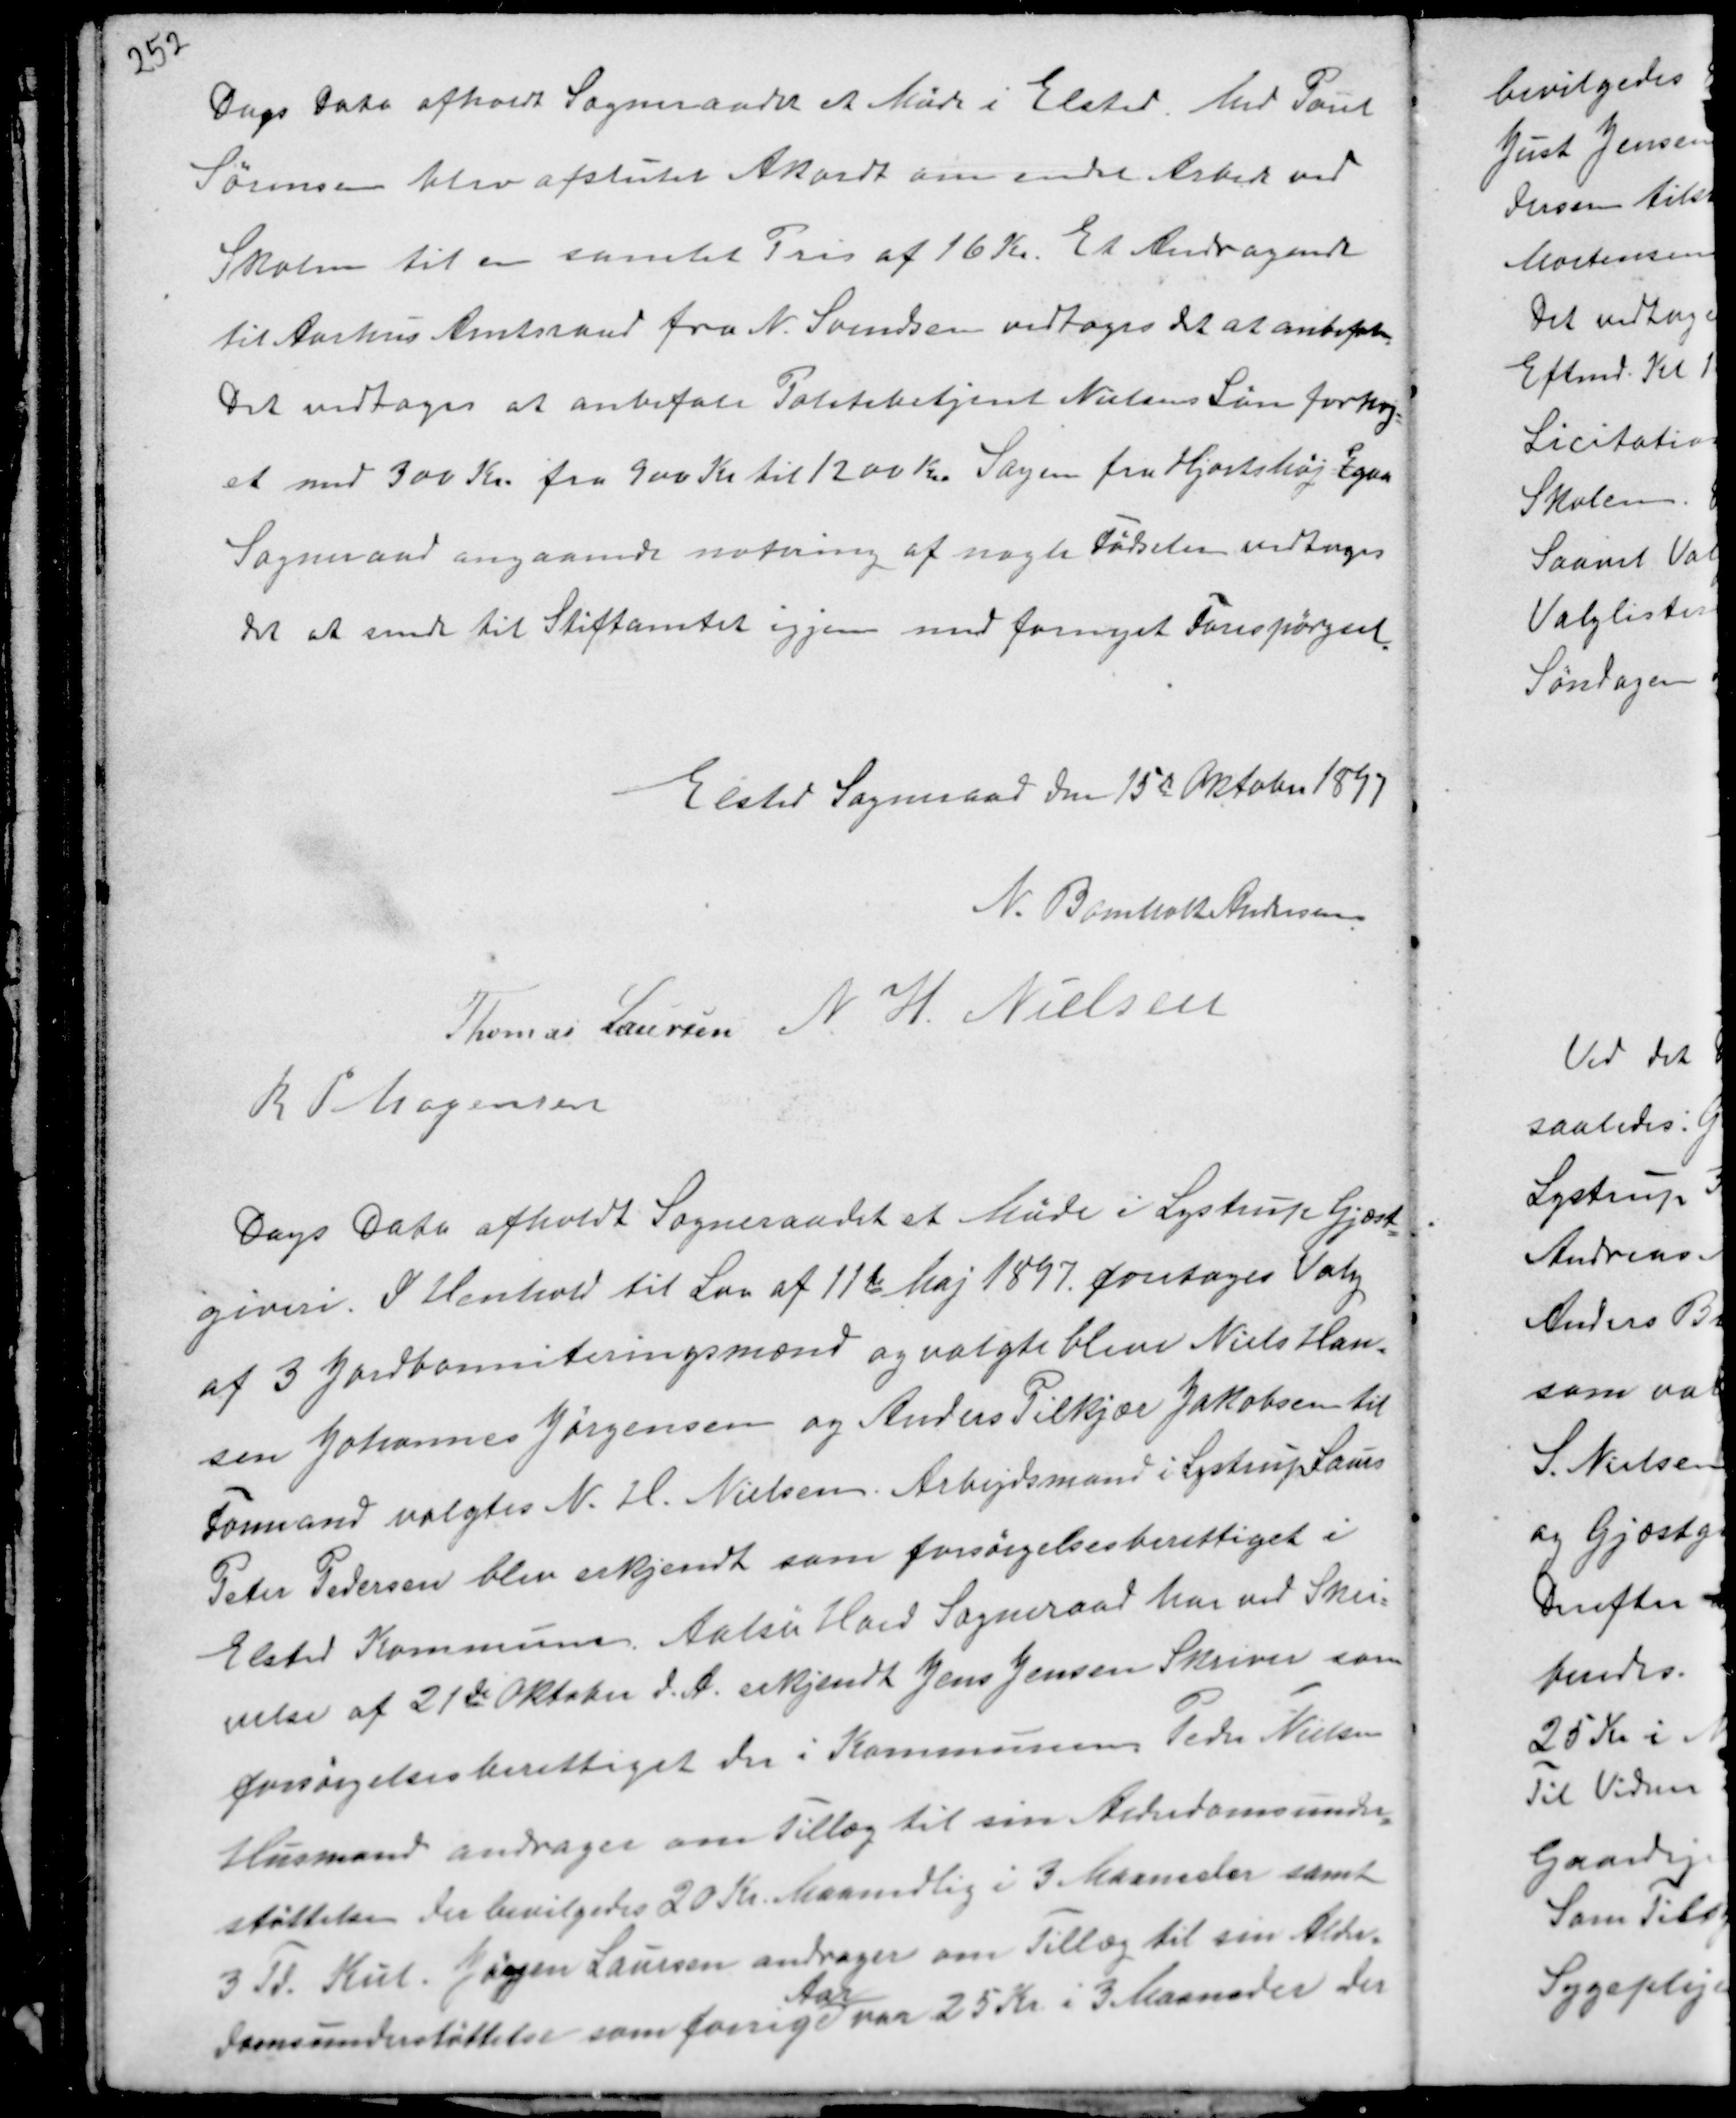
Transskription:
Dags Dato afholdt Sogneraadet et Møde i Elsted. Med Poul
Sørensen blev sluttet Akordt om andet Arbeds ved
Skolen til en samlet Pris af 16 Kr. Et Andragende
til Aarhus Amtsraad fra N. Svendsen vedtoges det at anbefale.
Det vedtoges at anbefale Politibetjent Nielsens Løn forhøj-
et med 300 Kr. fra 900 Kr til 1200 Kr. Sagen fra Hjortshøj-Egaa
Sogneraad angaaende notering af nogle Fødseler vedtoges
det at sende til Stiftamtet igjen med fornyet Forespørgsel.

Elsted Sogneraad den 15de Oktober 1897
N. Bomholt Andersen
Thomas Laursen N H. Nielsen
R P Mogensen

Dags Dato afholdt Sogneraadet Møde i Lystrup Gjæst-
giveri. I Henhold til Lov af 11te Maj 1897 foretoges Valg
af 3 Jordbonniteringsmænd og valgte bleve Niels Han-
sen Johannes Jørgensen og Anders Pilkjær Jakobsen til
Formand valgtes N. H. Nielsen. Arbejdsmand i Lystrup Laurs
Peter Pedersen blev erkjendt forsørgelsesberettiget i
Elsted Kommune. Aalsø Hoed Sogneraad har ved Skri-
velse af 21de Oktober d.A. erkjendt Jens Jensen Skriver som
forsørgelsesberettiget her i Kommunen. Peder Nielsen
Husmand andrager om Tillæg til sin Alderdomsunder-
støttelse der bevilgedes 20 Kr. Maanedlig i 3 Maaneder samt
3 Td. Kul. Jørgen Laursen andrager om Tillæg til sin Alder-
domsunderstøttelse som forrige
Aar
var 25 Kr. i 3 Maaneder der